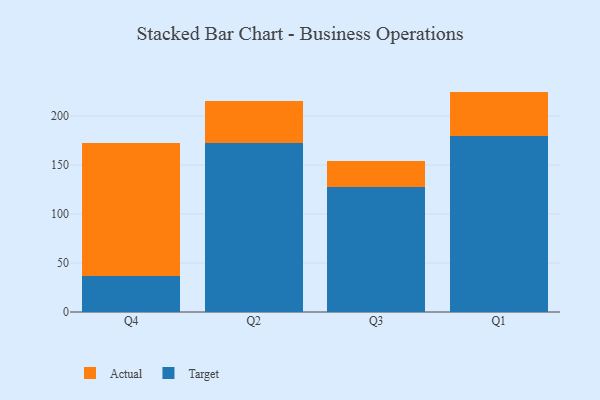
{"axis": {"x": "Quarter", "y": "Satisfaction Score"}, "legend": ["Actual", "Target"], "data": [{"x": "Q4", "y": 36.6, "type": "Target"}, {"x": "Q4", "y": 136.0, "type": "Actual"}, {"x": "Q2", "y": 172.3, "type": "Target"}, {"x": "Q2", "y": 43.0, "type": "Actual"}, {"x": "Q3", "y": 127.2, "type": "Target"}, {"x": "Q3", "y": 27.4, "type": "Actual"}, {"x": "Q1", "y": 179.9, "type": "Target"}, {"x": "Q1", "y": 45.1, "type": "Actual"}]}